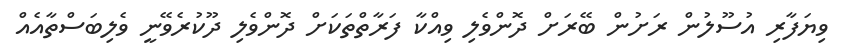
ވިޔަފާރި އުސޫލުން ރަށުން ބޭރަށް ދޮންވެލި ވިއްކާ ފަރާތްތަކަށް ދޮންވެލި ދޫކުރެވޭނީ ވެލިބަސްތާއެއް